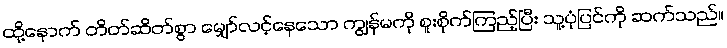
ထို့နောက် တိတ်ဆိတ်စွာ မျှော်လင့်နေသော ကျွန်မကို စူးစိုက်ကြည့်ပြီး သူ့ပုံပြင်ကို ဆက်သည်။